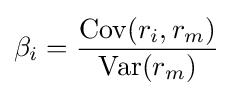
\beta _{i}={\frac {\operatorname {Cov} (r_{i},r_{m})}{\operatorname {Var} (r_{m})}}